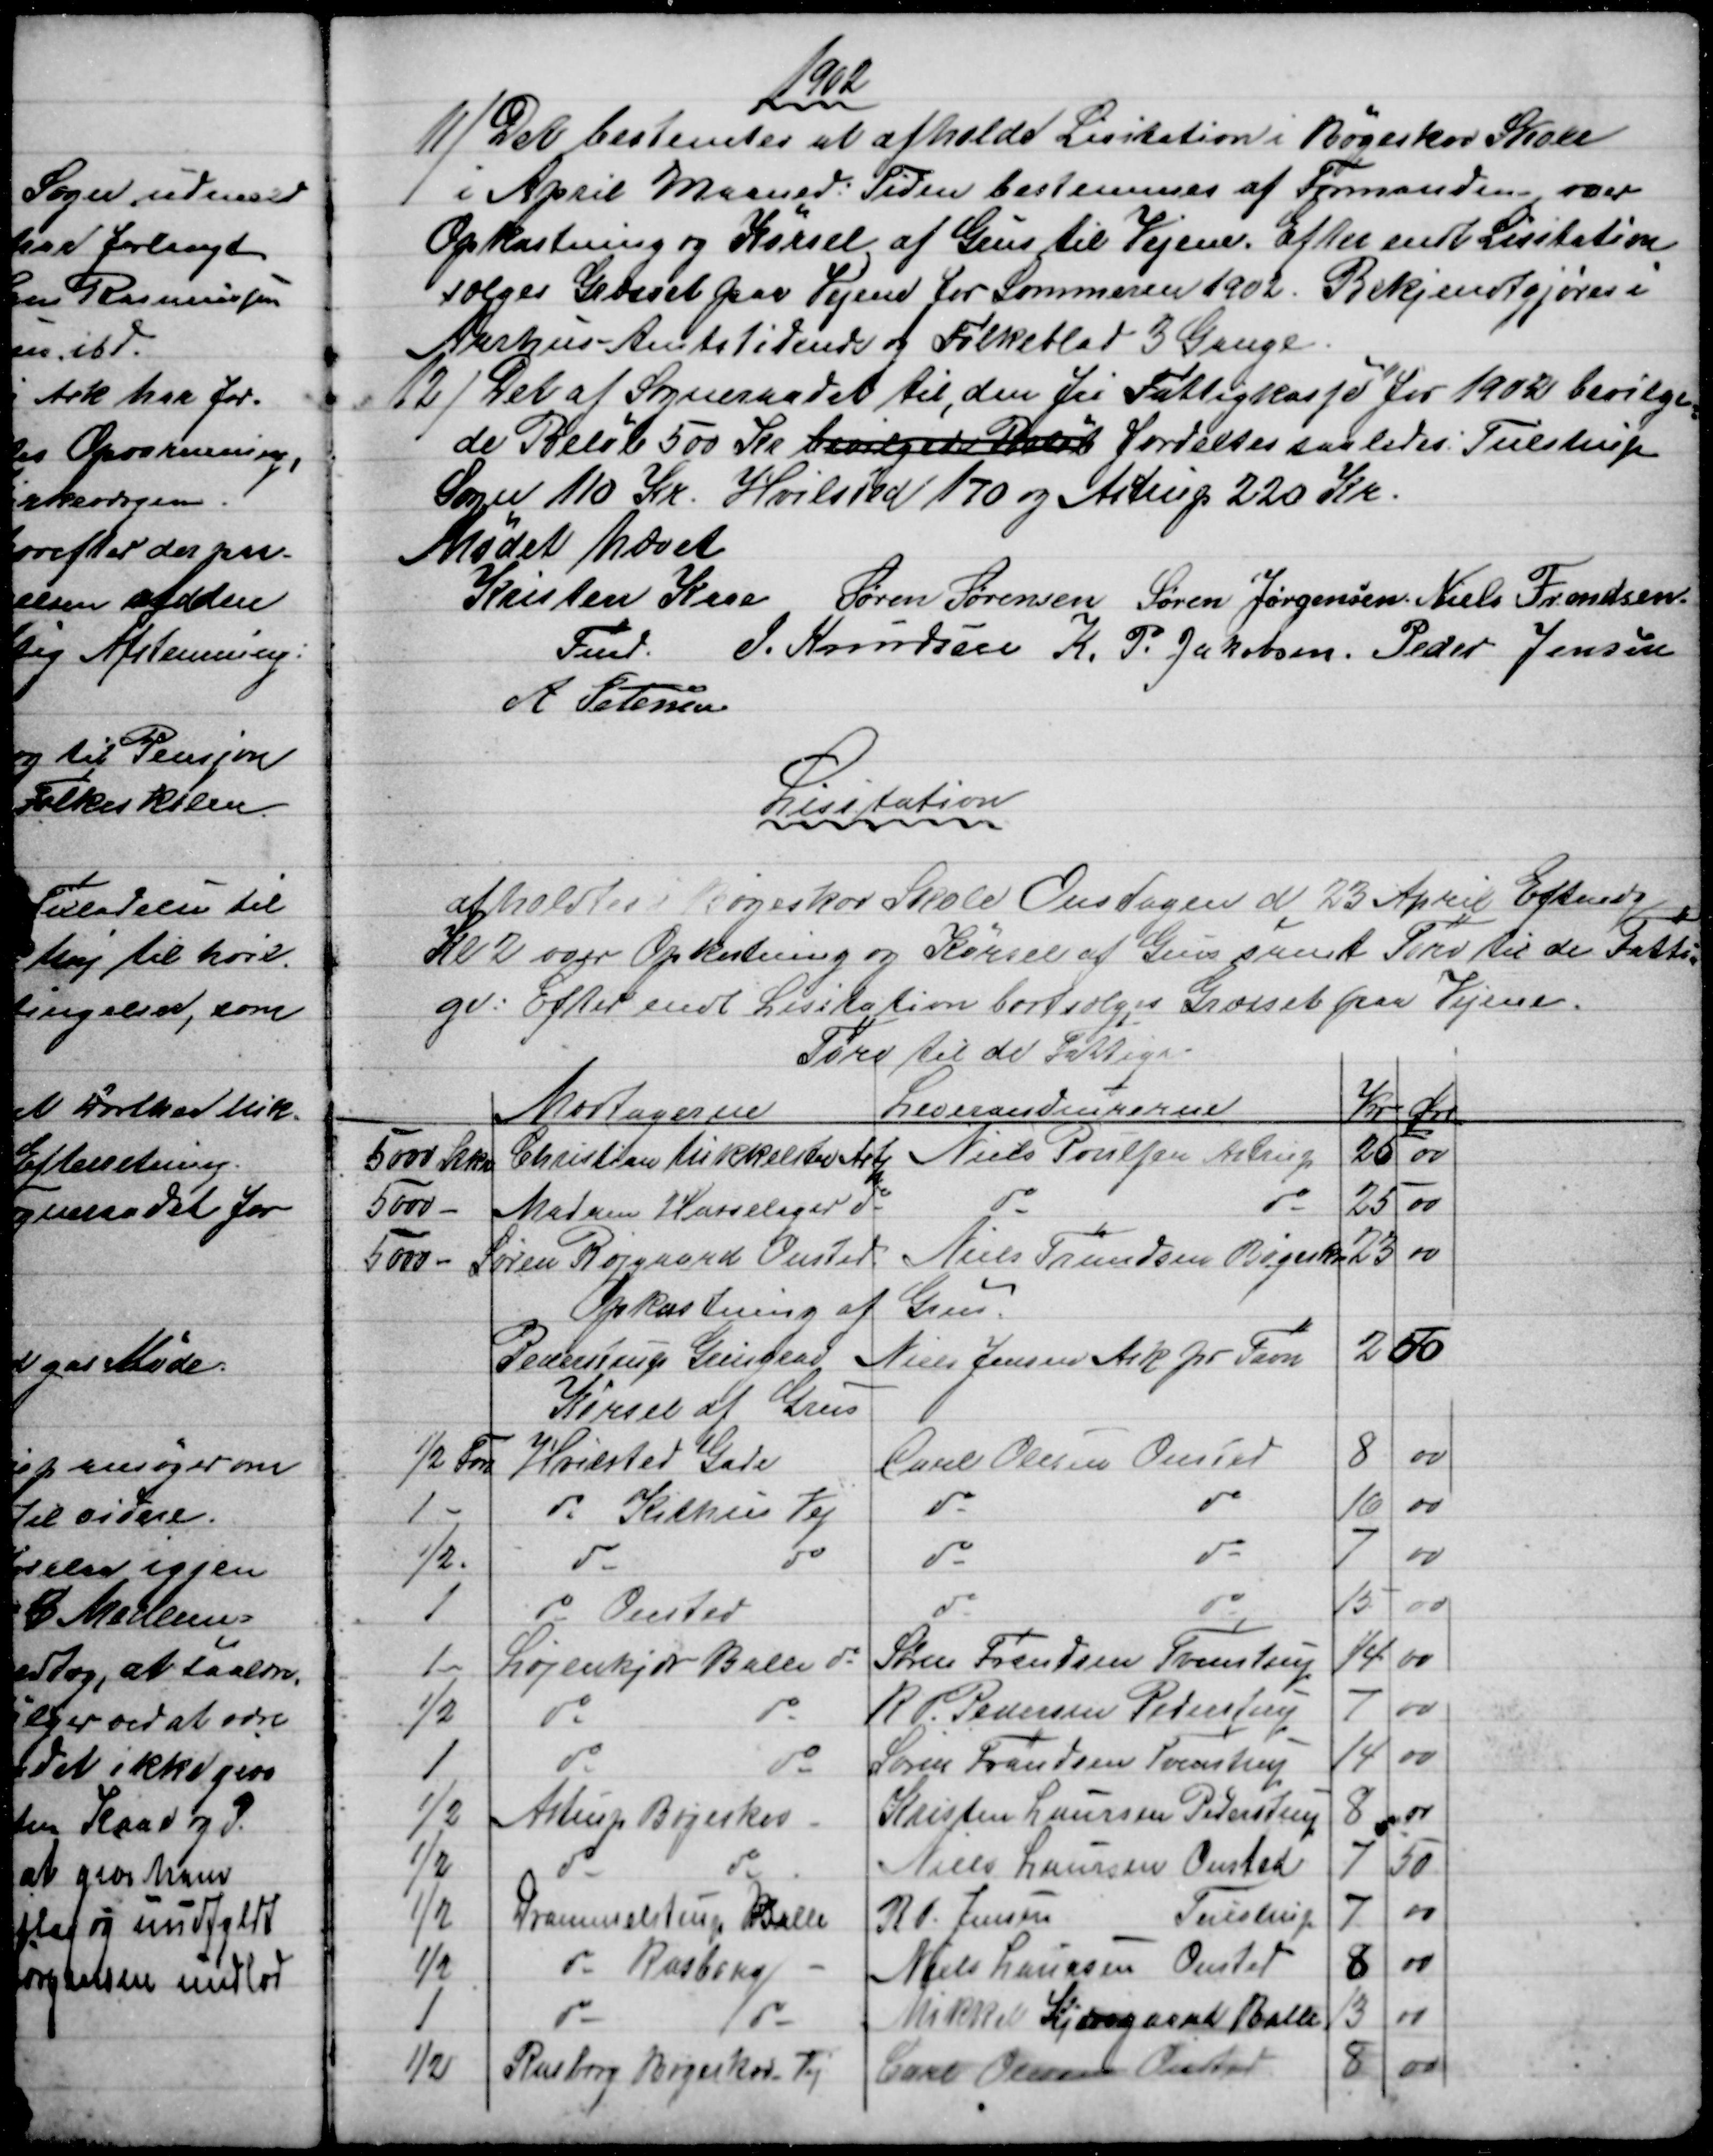
Transskription:
1902
11) 
Det bestemtes at afholde Lisitation i Bøgeskov Skole
i April Maaned: Tiden bestemmes af Formanden over
Opkastning og Kørsel af Grus til Vejene. Efter endt Lisitation
sælges Græsset paa Vejene for Sommeren 1902. Bekjendtgøres i
Aarhus Amtstidende og Folkeblad 3 Gange.
12) 
Det af Sogneraadet til "den fri Fattigkasse" for 1902 bevilge
=
de Beløb 500 Kr bevilgede Beløb fordeltes saaledes: Tulstrup
Sogn 110 Kr. Hvilsted 170 og Astrup 220 Kr.
Mødet hævet
Kristen Kaae
Fmd. 
Søren Sørensen Søren Jørgensen Niels Frandsen
J. Knudsen K. P. Jakobsen Peder Jensen
A Petersen
Lisitation
afholdtes i Bøgeskov Skole Onsdagen d 23 April Eftmdg
Kl 2 over Opkastning og Kørsel af Grus samt Tørv til de Fatti=
ge: Efter endt Lisitation bortsælges Græsset fra Vejene.
Tørv til de Fattige.
Modtagerne
Leverandeurerne
Kr
Øre
5000 Stkr
Christian Mikkelsen Astp 
Niels Poulsen Astrup
25
00
5000 -
Madam Harselager do
do
do
25
00
5000 -
Søren Røjgaard Onsted
Niels Frandsen Bøgeskov 
23
00
Opkastning af Grus.
Pederstrup Grusgrav Niels Jensen Ask pr Favn
2
50
Kørsel af Grus
½ Fvn
Hvilsted Gade
Carl Olesen Onsted
8
00
1
do Kithus Vej
do
do
16
00
½
do
do
do
do
7
00
1
do Onsted
do
do
15
00
1
Løjenkjær Balle do
Søren Frandsen Tvenstrup
14
00
½
do
do
R. P. Pedersen Pederstrup
7
00
1
do
do
Søren Frandsen Tvenstrup
14
00
½
Astrup Bøgeskov
Kristen Laursen Pederstrup
8
00
½
do
do
Niels Laursen Onsted
7
50
½
Drammelstrup Balle
R. P. Jensen
Tulstrup
7
00
½
do Rasborg
Niels Laursen Onsted
8
00
1
do
do
Mikkel Kjærsgaard Balle
13
00
½
Rasborg Bøgeskov Vej
Carl Olesen Onsted
8
00